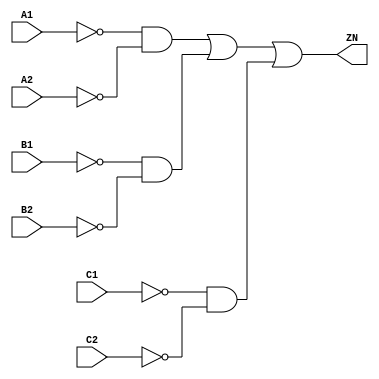
// Copyright 2022 GlobalFoundries PDK Authors
//
// Licensed under the Apache License, Version 2.0 (the "License");
// you may not use this file except in compliance with the License.
// You may obtain a copy of the License at
//
//      http://www.apache.org/licenses/LICENSE-2.0
//
// Unless required by applicable law or agreed to in writing, software
// distributed under the License is distributed on an "AS IS" BASIS,
// WITHOUT WARRANTIES OR CONDITIONS OF ANY KIND, either express or implied.
// See the License for the specific language governing permissions and
// limitations under the License.

module gf180mcu_fd_sc_mcu9t5v0__oai222_1( C2, C1, ZN, B1, B2, A2, A1 );
input A1, A2, B1, B2, C1, C2;
output ZN;

	wire A1_inv_for_gf180mcu_fd_sc_mcu9t5v0__oai222_1;

	not MGM_BG_0( A1_inv_for_gf180mcu_fd_sc_mcu9t5v0__oai222_1, A1 );

	wire A2_inv_for_gf180mcu_fd_sc_mcu9t5v0__oai222_1;

	not MGM_BG_1( A2_inv_for_gf180mcu_fd_sc_mcu9t5v0__oai222_1, A2 );

	wire ZN_row1;

	and MGM_BG_2( ZN_row1, A1_inv_for_gf180mcu_fd_sc_mcu9t5v0__oai222_1, A2_inv_for_gf180mcu_fd_sc_mcu9t5v0__oai222_1 );

	wire B1_inv_for_gf180mcu_fd_sc_mcu9t5v0__oai222_1;

	not MGM_BG_3( B1_inv_for_gf180mcu_fd_sc_mcu9t5v0__oai222_1, B1 );

	wire B2_inv_for_gf180mcu_fd_sc_mcu9t5v0__oai222_1;

	not MGM_BG_4( B2_inv_for_gf180mcu_fd_sc_mcu9t5v0__oai222_1, B2 );

	wire ZN_row2;

	and MGM_BG_5( ZN_row2, B1_inv_for_gf180mcu_fd_sc_mcu9t5v0__oai222_1, B2_inv_for_gf180mcu_fd_sc_mcu9t5v0__oai222_1 );

	wire C1_inv_for_gf180mcu_fd_sc_mcu9t5v0__oai222_1;

	not MGM_BG_6( C1_inv_for_gf180mcu_fd_sc_mcu9t5v0__oai222_1, C1 );

	wire C2_inv_for_gf180mcu_fd_sc_mcu9t5v0__oai222_1;

	not MGM_BG_7( C2_inv_for_gf180mcu_fd_sc_mcu9t5v0__oai222_1, C2 );

	wire ZN_row3;

	and MGM_BG_8( ZN_row3, C1_inv_for_gf180mcu_fd_sc_mcu9t5v0__oai222_1, C2_inv_for_gf180mcu_fd_sc_mcu9t5v0__oai222_1 );

	or MGM_BG_9( ZN, ZN_row1, ZN_row2, ZN_row3 );

endmodule